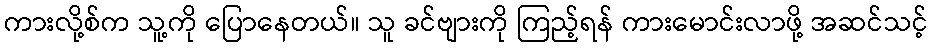
ကားလို့စ်က သူ့ကို ပြောနေတယ်။ သူ ခင်ဗျားကို ကြည့်ရန် ကားမောင်းလာဖို့ အဆင်သင့်